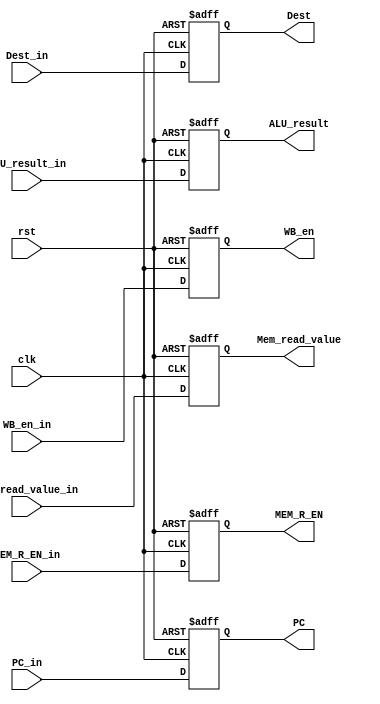
module Mem_Stage_reg
  (
    input clk,
    input rst,
    input[31:0] PC_in,
    input WB_en_in,
    input MEM_R_EN_in,
    input[31:0] ALU_result_in,
    input[31:0] Mem_read_value_in,
    input[4:0] Dest_in,
    output reg [31:0] PC,
    output reg WB_en,
    output reg MEM_R_EN,
    output reg[31:0] ALU_result,
    output reg[31:0] Mem_read_value,
    output reg[4:0] Dest
  );

  always @(posedge clk, posedge rst)
    begin
      if(rst)
        begin
          PC <= 32'b0;
          WB_en <= 1'b0;
          MEM_R_EN <= 1'b0;
          ALU_result <= 32'b0;
          Mem_read_value <= 32'b0;
          Dest <= 5'b0;
      end
      else
        begin
          PC <= PC_in;
          WB_en <= WB_en_in;
          MEM_R_EN <= MEM_R_EN_in;
          ALU_result <= ALU_result_in;
          Mem_read_value <= Mem_read_value_in;
          Dest <= Dest_in;
        end
    end

endmodule